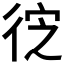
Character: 𭛮